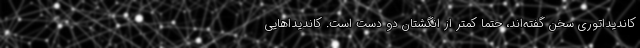
کاندیداتوری سخن گفته‌اند، حتما کمتر از انگشتان دو دست است. کاندیداهایی